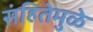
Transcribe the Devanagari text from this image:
संहितेमुळे